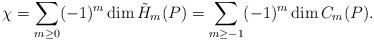
LaTeX: \begin{align*}\chi =\sum_{m \geq 0} (-1)^{m} \operatorname{dim} \tilde{H}_m(P) = \sum_{m \geq -1} (-1)^{m} \operatorname{dim} C_m(P).\end{align*}